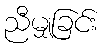
ညီမျှခြင်း